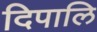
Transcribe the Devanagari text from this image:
दिपालि